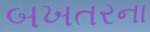
બખતરના